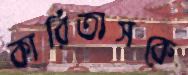
কারিতাসকে